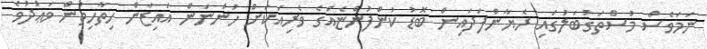
ނަމަވެސް މުސްތަގުބަލުގައި ރެޔާންފަދައިން ބޮޑު ކުންފުންޏެއްގެ ވެރިއަކަށް ހުންނަން އައިޒާން ހިތާހިތުން ވަޢުދުވެ